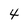
Character: 4